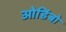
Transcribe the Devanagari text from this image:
ओडिंबो